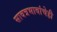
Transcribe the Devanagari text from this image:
सावत्रभावांचेही